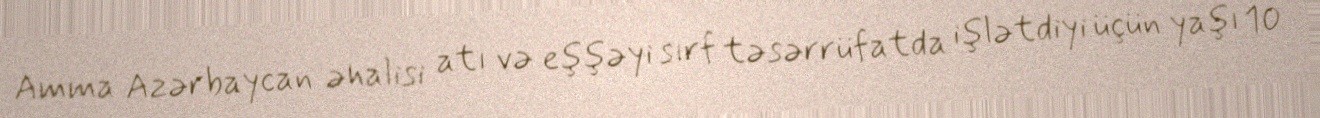
Amma Azərbaycan əhalisi atı və eşşəyi sırf təsərrüfatda işlətdiyi üçün yaşı 10